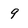
Character: 9